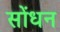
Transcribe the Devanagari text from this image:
सोंधन